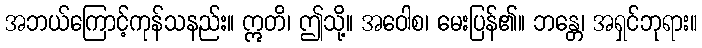
အဘယ်ကြောင့်ကုန်သနည်း။ ဣတိ၊ ဤသို့။ အဝေါစ၊ မေးပြန်၏။ ဘန္တေ၊ အရှင်ဘုရား။